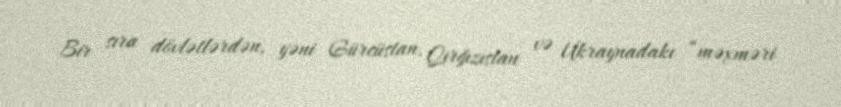
Bir sıra dövlətlərdən, yəni Gürcüstan, Qırğızıstan və Ukraynadakı “məxməri